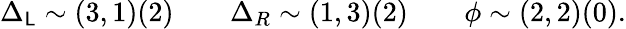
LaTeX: \Delta_{\mathsf{L}}\sim(3,1)(2)\qquad\Delta_{R}\sim(1,3)(2)\qquad\phi\sim(2,2)(0).